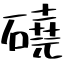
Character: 磽